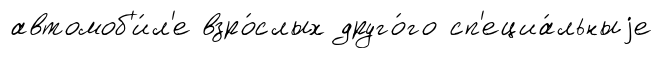
автомоб'и́л'е взро́слых друго́го сп'ециа́льныjе